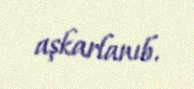
aşkarlanıb.